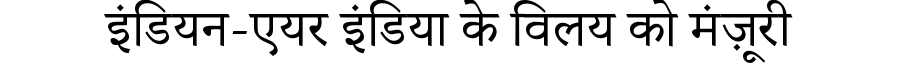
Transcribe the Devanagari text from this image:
इंडियन-एयर इंडिया के विलय को मंज़ूरी